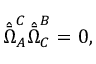
\hat { \bar { \Omega } } _ { A } ^ { C } \hat { \bar { \Omega } } _ { C } ^ { B } = 0 ,